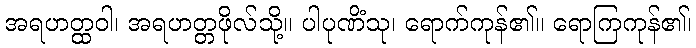
အရဟတ္ထဝါ၊ အရဟတ္တဖိုလ်သို့။ ပါပုဏိံသု၊ ရောက်ကုန်၏။ ရောကြကုန်၏၊